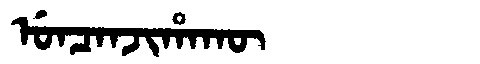
Manchu: ᡠᠨᠴᠠᠨᠵᡳᡥᠠᡴᡡ
Romanization: UNCANJIHAKŪ